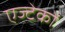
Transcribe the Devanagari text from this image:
एज्टेकों